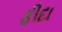
ફીદા